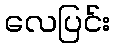
လေပြင်း